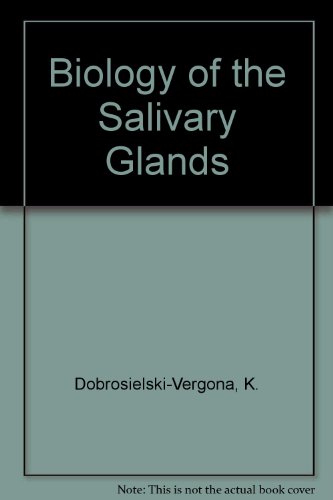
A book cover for Biology of the Salivary Glands; K. Dobrosielski-Vergona; Medical Books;